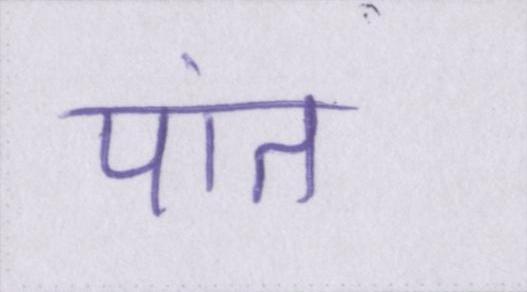
पांत